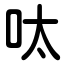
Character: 呔